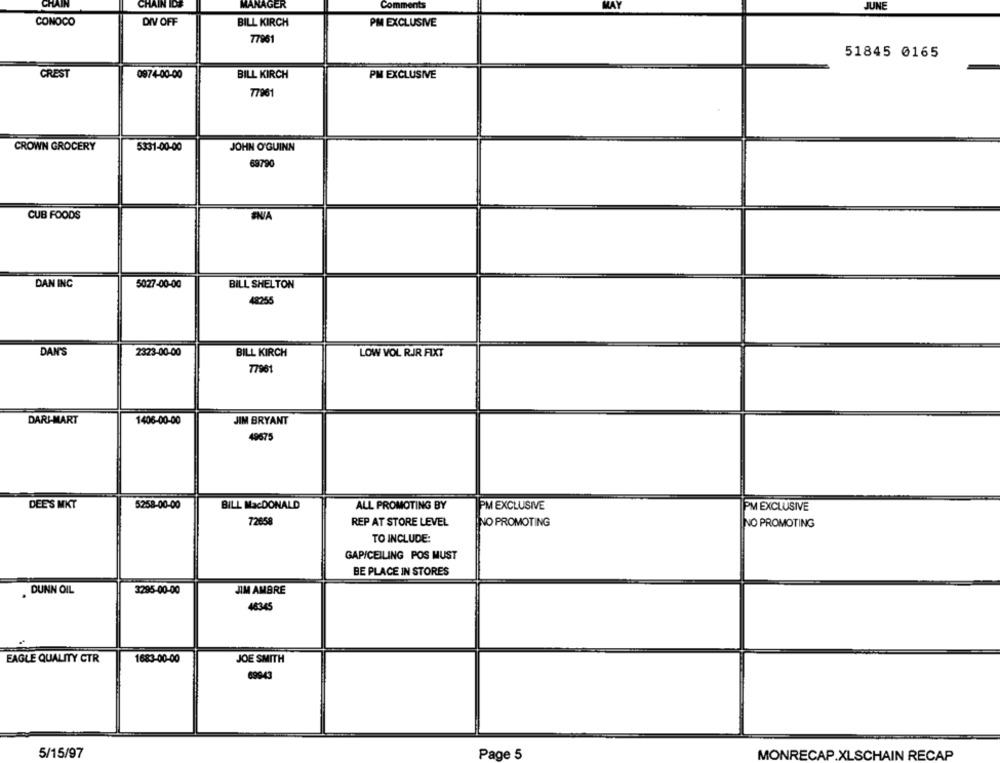
CHAIN IDS
MANAGER
Comments
MAY
JUNE
CONOCO
DIV OFF
BILL KIRCH
PM EXCLUSIVE
77961
51845 0165
GREST
0974-00-00
BILL KIRCH
PM EXCLUSIVE
77961
CROWN GROCERY
5331-00-00
JOHN O'GUINN
69790
CUB FOODS
DAN INC
5027-00-00
BILL SHELTON
48255
DAN'S
2323-00-00
BILL KIRCH
LOW VOL RIR FIXT
77961
DARI-MART
1406-00-00
JIM BRYANT
4967
BILL MacDONALD
DEE'S MKT
5258-00-00
ALL PROMOTING BY
PM EXCLUSIVE
PM EXCLUSIVE
72658
REP AT STORE LEVEL
NO PROMOTING
NO PROMOTING
TO INCLUDE:
GAPICEILING POS MUST
BE PLACE IN STORES
. DUNN OIL
3295-00-00
JIM AMBRE
48345
EAGLE QUALITY CTR
1683-00-00
JOE SMITH
699-43
5/15/97
Page 5
MONRECAP.XLSCHAIN RECAP